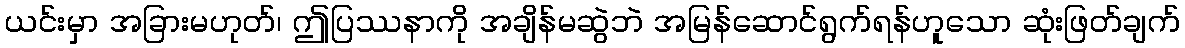
ယင်းမှာ အခြားမဟုတ်၊ ဤပြဿနာကို အချိန်မဆွဲဘဲ အမြန်ဆောင်ရွက်ရန်ဟူသော ဆုံးဖြတ်ချက်